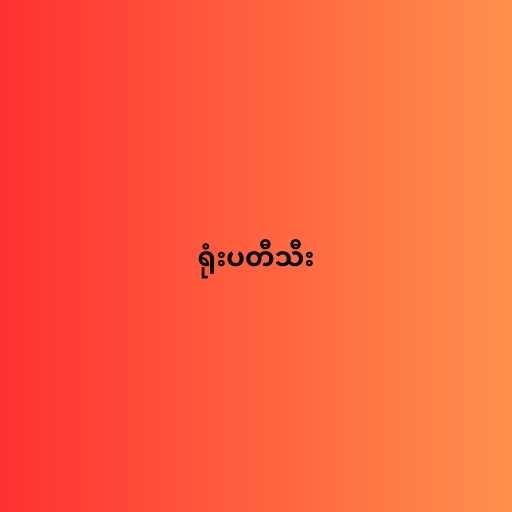
ရုံးပတီသီး